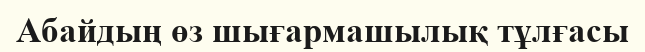
Абайдың өз шығармашылық тұлғасы